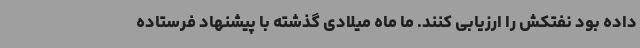
داده بود نفتکش را ارزیابی کنند. ما ماه میلادی گذشته با پیشنهاد فرستاده